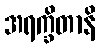
အရက္ခိတာနိ